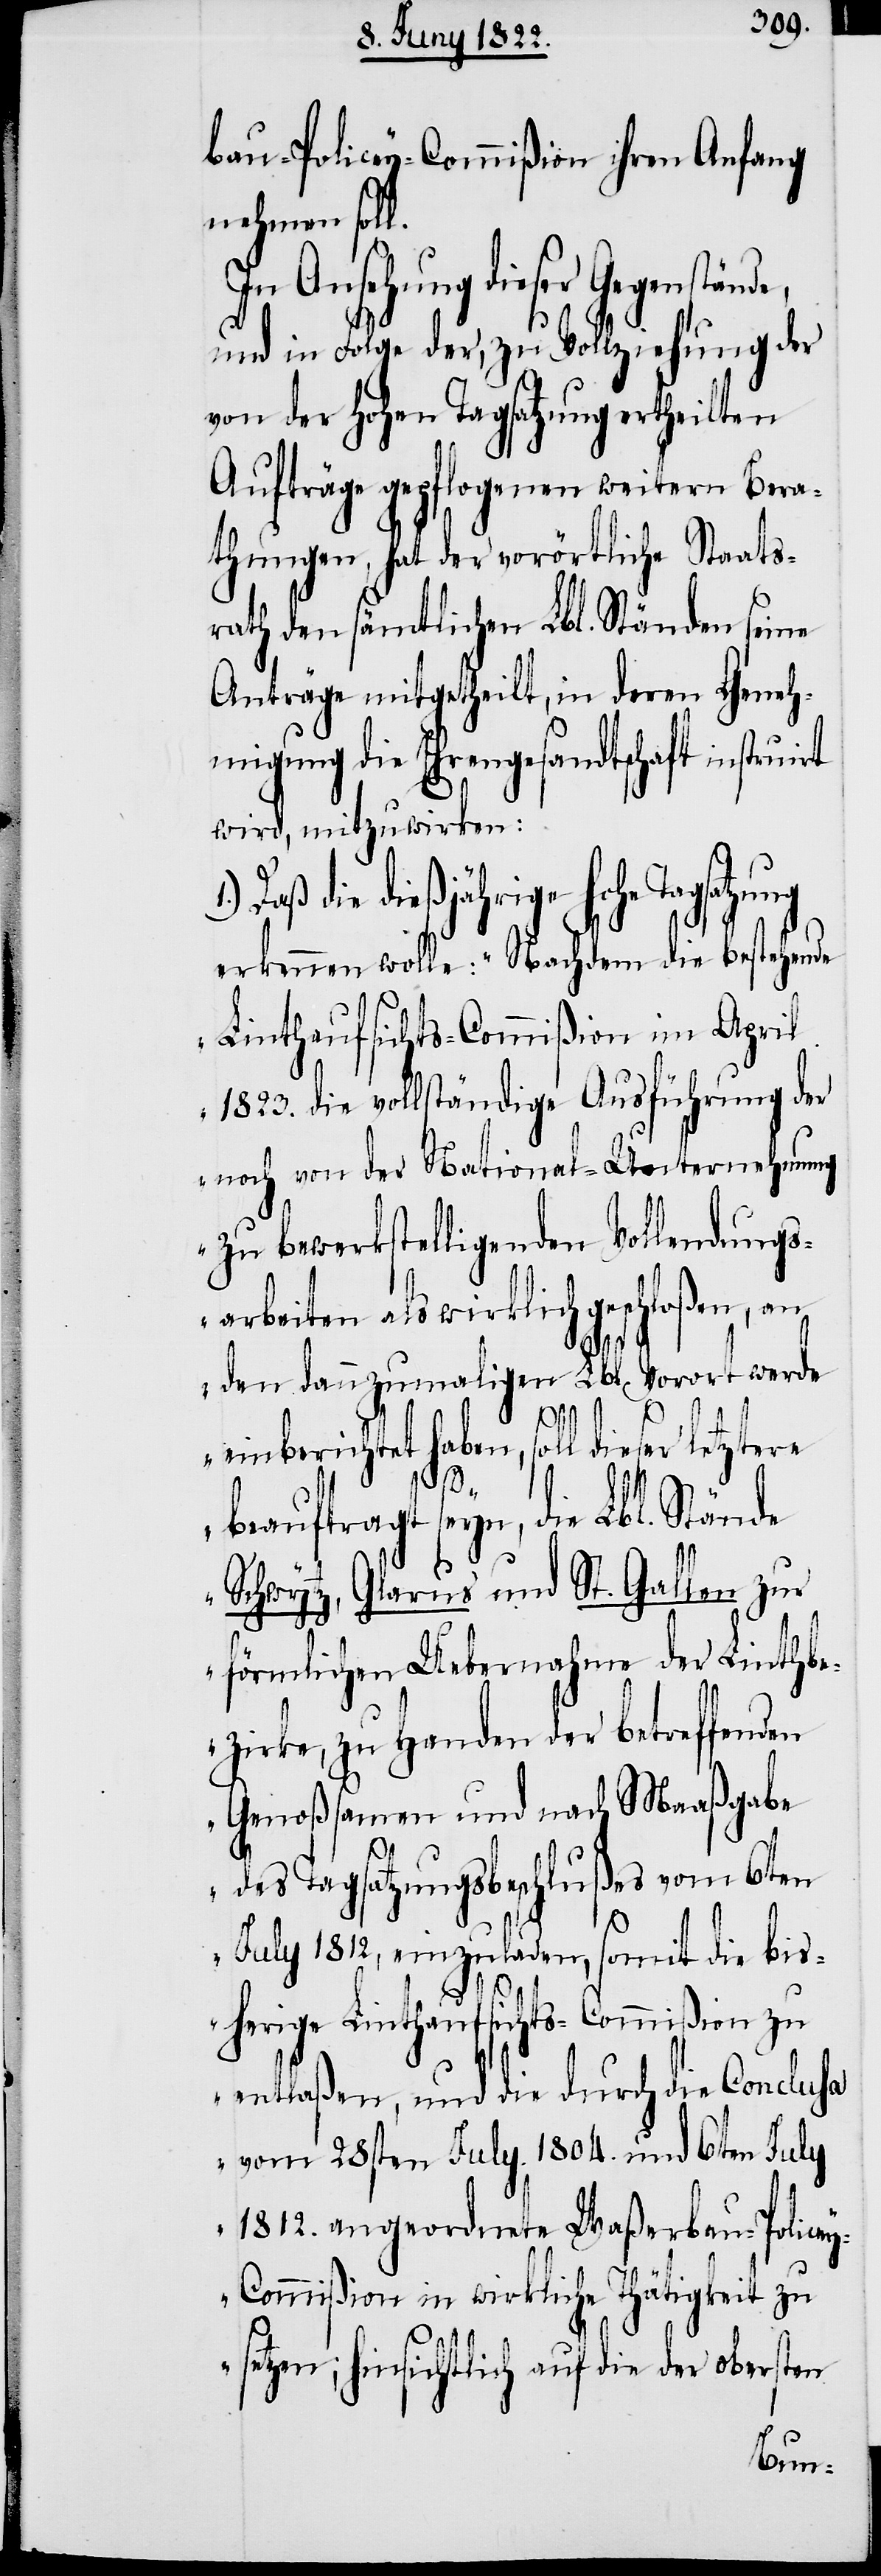
bau-Policey-Commißion ihren Anfang
nehmen soll.
n, soll dieser letztere
und in Folge der, zu Vollziehung der
von der hohen Tagsatzung ertheilten
Aufträge gepflogenen weitern Bera¬
thungen, hat der vorörtliche Staats¬
rath den sämtlichen Lbl. Ständen seine
Anträge mitgetheilt, in deren Geneh¬
migung die Ehrengesandtschaft instuirt
wird, mitzuwirken:
hohe Tagsatzung
erkennen wolle: „Nachdem die bestehende
Linthaufsichts-Commißion im April
1823. die vollständige Ausführung der
noch von der National-Unternehmung
zu bewerkstelligenden Vollendungs¬
arbeiten als wirklich geschloßen, an
den dannzumaligen Lbl. Vorwort werde
ei¬
beauftragt seyn, die Lbl. Stände
Schwytz, Glarus und St. Gallen zur
förmlichen Uebernahme der Linthbe¬
zirke, zu Handen der betreffenden
Genoßsamen und nach Maaßgabe
des Tagsatzungsbeschlußes vom 6ten
July 1812, einzuladen, somit die bis¬
herige Linthaufsichts-Commißion zu
entlaßen, und die durch die Conclusa
vom 28sten July. 1804. und 6ten July
1812. angeordnete Waßerbau-Police¬
y-Commißion in wirkliche Thätigkeit zu
setzen; hinsichtlich auf die der obersten